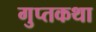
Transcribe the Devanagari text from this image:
गुप्तकथा